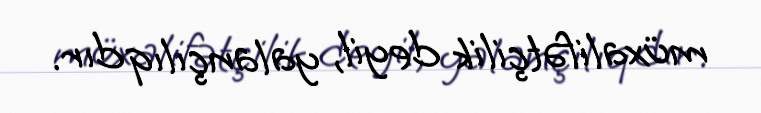
müxalifətçilik deyil, yalançılıqdır.